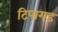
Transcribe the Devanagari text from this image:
टिपागड